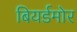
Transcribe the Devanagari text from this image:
बियर्डमोर